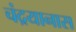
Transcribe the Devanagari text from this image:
चंद्रयानास